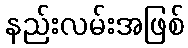
နည်းလမ်းအဖြစ်